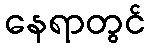
နေရာတွင်